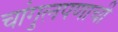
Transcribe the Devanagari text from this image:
चांगुलपणाची